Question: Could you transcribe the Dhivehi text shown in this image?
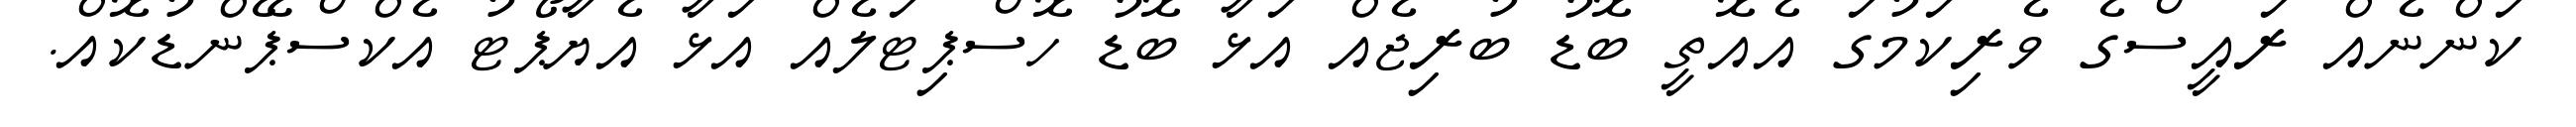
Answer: ކަންނެއް ރައީސްގެ ވެރިކަމުގަ އެއޮތީ ބޮޑު ބުރިޖެއް އަޅާ ބޮޑު ހޮސްޕިޓަލެއް އަޅާ އެޔާޕޯޓު އެކްސްޕޭންޑުކޮއް.